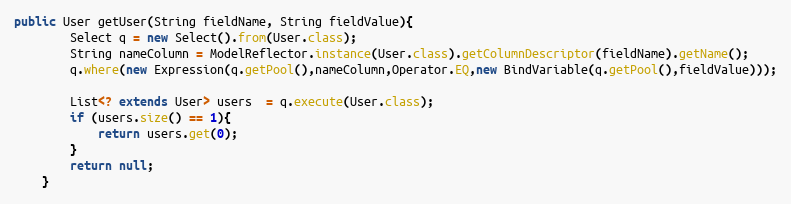
Language: Java
public User getUser(String fieldName, String fieldValue){
        Select q = new Select().from(User.class);
        String nameColumn = ModelReflector.instance(User.class).getColumnDescriptor(fieldName).getName();
        q.where(new Expression(q.getPool(),nameColumn,Operator.EQ,new BindVariable(q.getPool(),fieldValue)));

        List<? extends User> users  = q.execute(User.class);
        if (users.size() == 1){
            return users.get(0);
        }
        return null;
    }